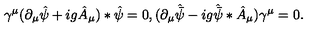
\gamma ^ { \mu } ( \partial _ { \mu } \hat { \psi } + i g \hat { A } _ { \mu } ) * \hat { \psi } = 0 , ( \partial _ { \mu } \hat { \bar { \psi } } - i g \hat { \bar { \psi } } * \hat { A } _ { \mu } ) \gamma ^ { \mu } = 0 .